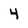
Character: 4